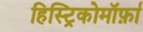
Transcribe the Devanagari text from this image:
हिस्ट्रिकोमॉर्फ़ा